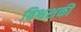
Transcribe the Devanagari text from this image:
विश्वशक्ती